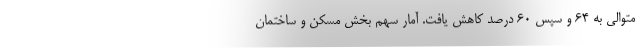
متوالی به ۶۴ و سپس ۶۰ درصد کاهش یافت. آمار سهم بخش مسکن و ساختمان